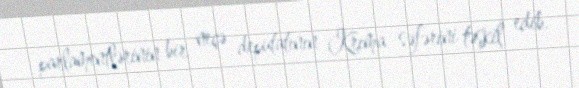
parlamentlərinin bir neçə deputatının Krıma səfərini təşkil edib.